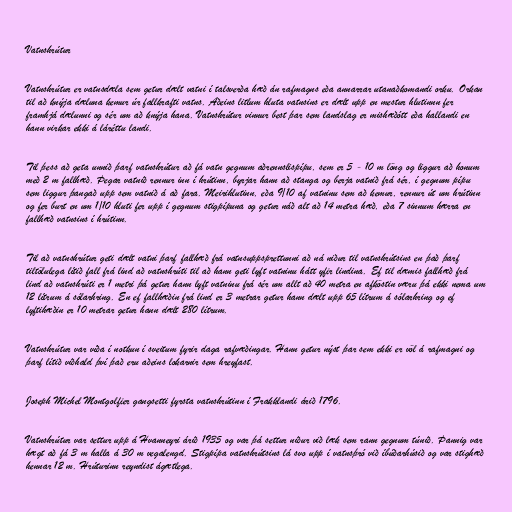
Vatnshrútur

Vatnshrútur er vatnsdæla sem getur dælt vatni í talsverða hæð án rafmagns eða annarrar utanaðkomandi orku. Orkan
til að knýja dæluna kemur úr fallkrafti vatns. Aðeins litlum hluta vatnsins er dælt upp en mestur hlutinnn fer
framhjá dælunni og sér um að knýja hana. Vatnshrútur vinnur best þar sem landslag er mishæðótt eða hallandi en
hann virkar ekki á láréttu landi.

Til þess að geta unnið þarf vatnshrútur að fá vatn gegnum aðrennslispípu, sem er 5 - 10 m löng og liggur að honum
með 2 m fallhæð. Þegar vatnið rennur inn í hrútinn, byrjar hann að stanga og berja vatnið frá sér, í gegnum pípu
sem liggur þangað upp sem vatnið á að fara. Meirihlutinn, eða 9/10 af vatninu sem að kemur, rennur út um hrútinn
og fer burt en um 1/10 hluti fer upp í gegnum stigpípuna og getur náð alt að 14 metra hæð, eða 7 sinnum hærra en
fallhæð vatnsins í hrútinn.

Til að vatnshrútur geti dælt vatni þarf fallhæð frá vatnsuppsprettunni að ná niður til vatnshrútsins en það þarf
tiltölulega lítið fall frá lind að vatnshrúti til að hann geti lyft vatninu hátt yfir lindina. Ef til dæmis fallhæð frá
lind að vatnshrúti er 1 metri þá getur hann lyft vatninu frá sér um allt að 40 metra en afköstin væru þá ekki nema um
12 lítrum á sólarhring. En ef fallhæðin frá lind er 3 metrar getur hann dælt upp 65 lítrum á sólarhring og ef
lyftihæðin er 10 metrar getur hann dælt 280 lítrum.

Vatnshrútur var víða í notkun í sveitum fyrir daga rafvæðingar. Hann getur nýst þar sem ekki er völ á rafmagni og
þarf lítið viðhald því það eru aðeins lokarnir sem hreyfast.

Joseph Michel Montgolfier gangsetti fyrsta vatnshrútinn í Frakklandi árið 1796.

Vatnshrútur var settur upp á Hvanneyri árið 1935 og var þá settur niður við læk sem rann gegnum túnið. Þannig var
hægt að fá 3 m halla á 30 m vegalengd. Stigpípa vatnshrútsins lá svo upp í vatnsþró við íbúðarhúsið og var stighæð
hennar 12 m. Hrúturinn reyndist ágætlega.